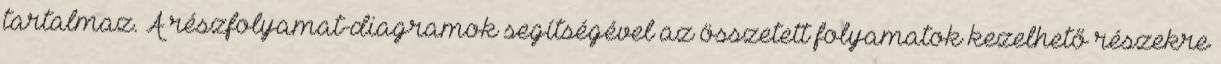
tartalmaz. A részfolyamat-diagramok segítségével az összetett folyamatok kezelhető részekre